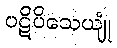
ပဋိပိသေယျုံ